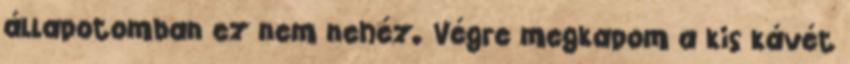
állapotomban ez nem nehéz. Végre megkapom a kis kávét